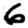
Digit: 6